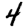
Digit: 4